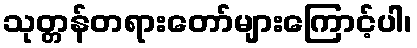
သုတ္တန်တရားတော်များကြောင့်ပါ၊